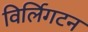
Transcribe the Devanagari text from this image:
विर्लिगटन